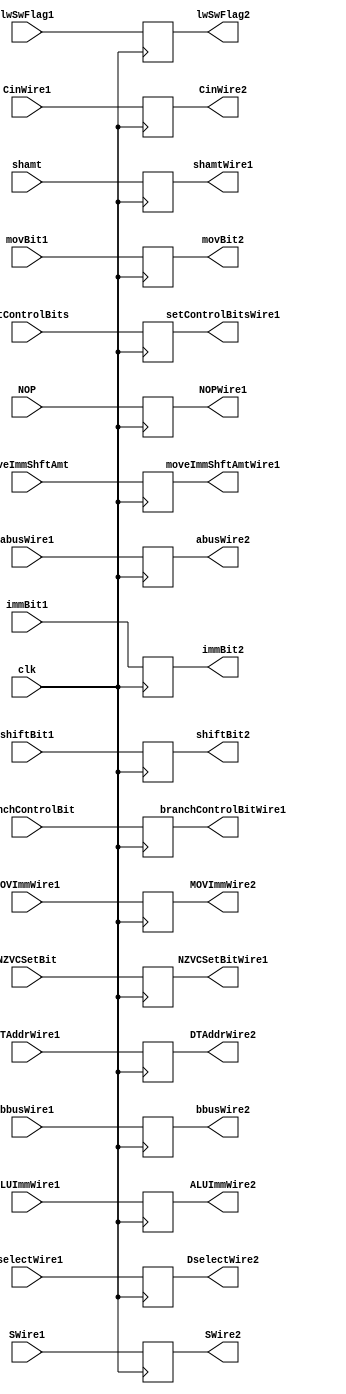
module pipeline_2_latch_1(clk, abusWire1, bbusWire1, DselectWire1, ALUImmWire1, SWire1, CinWire1,immBit1,lwSwFlag1,
abusWire2,bbusWire2,ALUImmWire2,SWire2,CinWire2,DselectWire2,immBit2,lwSwFlag2,setControlBits,setControlBitsWire1,
branchControlBit,branchControlBitWire1,NZVCSetBit,NZVCSetBitWire1,shiftBit1,shiftBit2,shamt,shamtWire1,DTAddrWire1,
DTAddrWire2,MOVImmWire1,MOVImmWire2,movBit1,movBit2,moveImmShftAmt,moveImmShftAmtWire1,NOP,NOPWire1);
  input clk, CinWire1,immBit1,NOP;
  input [63:0] abusWire1, bbusWire1, ALUImmWire1,DTAddrWire1,MOVImmWire1;
  input [31:0] DselectWire1;
  input [2:0] SWire1;
  input [1:0] lwSwFlag1;
  input [1:0] setControlBits;
  input [2:0] branchControlBit;
  input NZVCSetBit;
  input [1:0] shiftBit1;
  input [5:0] shamt,moveImmShftAmt;
  input movBit1;
  output CinWire2,immBit2,NOPWire1;
  output [63:0] abusWire2, bbusWire2, ALUImmWire2,DTAddrWire2,MOVImmWire2;
  output [31:0] DselectWire2;
  output [2:0] SWire2;
  output [1:0] lwSwFlag2;
  output [1:0] setControlBitsWire1;
  output [2:0] branchControlBitWire1;
  output NZVCSetBitWire1;
  output [1:0] shiftBit2;
  output [5:0] shamtWire1,moveImmShftAmtWire1;
  output movBit2;
  reg CinWire2,immBit2,NOPWire1;
  reg [63:0] abusWire2, bbusWire2, ALUImmWire2,DTAddrWire2,MOVImmWire2;
  reg [31:0] DselectWire2;
  reg [2:0] SWire2;
  reg [1:0] lwSwFlag2;
  reg [1:0] setControlBitsWire1;
  reg [2:0] branchControlBitWire1;
  reg NZVCSetBitWire1;
  reg [1:0] shiftBit2;
  reg [5:0] shamtWire1,moveImmShftAmtWire1;
  reg movBit2;
  always @(posedge clk) begin
    abusWire2 = abusWire1;
    bbusWire2 = bbusWire1;
    DselectWire2 = DselectWire1;
    ALUImmWire2 = ALUImmWire1;
    SWire2 = SWire1;
    CinWire2 = CinWire1;
    immBit2 = immBit1;
    lwSwFlag2 = lwSwFlag1;
    setControlBitsWire1 = setControlBits;
    branchControlBitWire1 = branchControlBit;
    NZVCSetBitWire1 = NZVCSetBit;
    shiftBit2 = shiftBit1;
    shamtWire1 = shamt;
    DTAddrWire2 = DTAddrWire1;
    MOVImmWire2 = MOVImmWire1;
    movBit2 = movBit1;
    moveImmShftAmtWire1 = moveImmShftAmt;
    NOPWire1 = NOP;
  end
endmodule